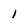
Character: 1